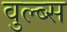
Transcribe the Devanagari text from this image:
वुल्ब्स